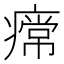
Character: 𤹰